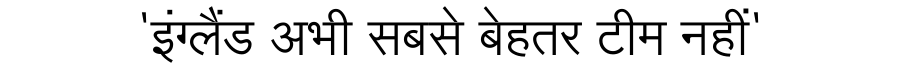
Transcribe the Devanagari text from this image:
'इंग्लैंड अभी सबसे बेहतर टीम नहीं'